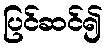
ပြင်ဆင်၍